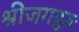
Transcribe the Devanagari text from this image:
श्रीजगद्गुरुः